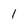
Character: l